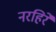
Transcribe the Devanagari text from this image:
नरहिरे